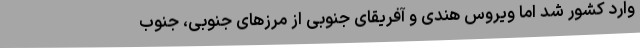
وارد کشور شد اما ویروس هندی و آفریقای جنوبی از مرزهای جنوبی، جنوب